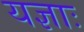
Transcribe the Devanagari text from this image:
यज्ञाः